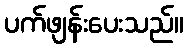
ပက်ဖျန်းပေးသည်။